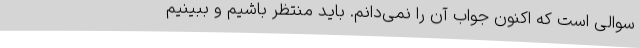
سوالی است که اکنون جواب آن را نمی‌دانم. باید منتظر باشیم و ببینیم